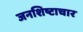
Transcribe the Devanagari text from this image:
जनशिष्टाचार